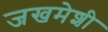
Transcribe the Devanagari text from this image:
जखमेशी